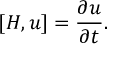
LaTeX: [ H , u ] = { \frac { \partial u } { \partial t } } .